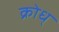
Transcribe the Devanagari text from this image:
क्रोध्